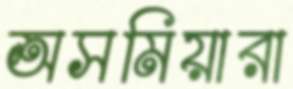
অসমিয়ারা